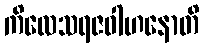
ကိလေသရဇဝါဟနောတိ